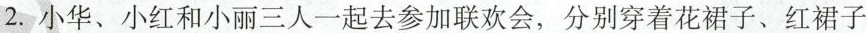
2.小华、小红和小丽三人一起去参加联欢会，分别穿着花裙子、红裙子